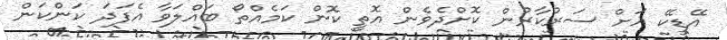
އޭޑީކޭ އަށް ސަރުކާރުން ކޮށްދެވެން އޮތީ ކޮން ކަމެއްތޯ ބައްލަވާ އެފަދަ ކަންކަން